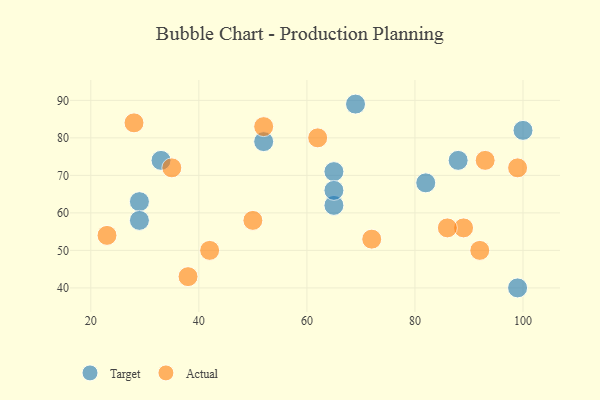
{"axis": {"x": "GDP", "y": "Life Expectancy"}, "legend": ["Actual", "Target"], "data": [{"x": "65", "y": 62, "type": "Target"}, {"x": "69", "y": 89, "type": "Target"}, {"x": "52", "y": 79, "type": "Target"}, {"x": "100", "y": 82, "type": "Target"}, {"x": "88", "y": 74, "type": "Target"}, {"x": "33", "y": 74, "type": "Target"}, {"x": "65", "y": 71, "type": "Target"}, {"x": "65", "y": 66, "type": "Target"}, {"x": "29", "y": 63, "type": "Target"}, {"x": "29", "y": 58, "type": "Target"}, {"x": "82", "y": 68, "type": "Target"}, {"x": "99", "y": 40, "type": "Target"}, {"x": "38", "y": 43, "type": "Actual"}, {"x": "92", "y": 50, "type": "Actual"}, {"x": "89", "y": 56, "type": "Actual"}, {"x": "42", "y": 50, "type": "Actual"}, {"x": "50", "y": 58, "type": "Actual"}, {"x": "99", "y": 72, "type": "Actual"}, {"x": "62", "y": 80, "type": "Actual"}, {"x": "86", "y": 56, "type": "Actual"}, {"x": "35", "y": 72, "type": "Actual"}, {"x": "23", "y": 54, "type": "Actual"}, {"x": "72", "y": 53, "type": "Actual"}, {"x": "28", "y": 84, "type": "Actual"}, {"x": "52", "y": 83, "type": "Actual"}, {"x": "93", "y": 74, "type": "Actual"}]}